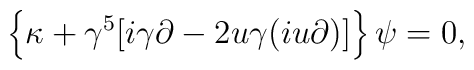
\left\{\kappa + \gamma^5 [i \gamma \partial - 2 u \gamma (i u \partial)]\right\} \psi = 0,